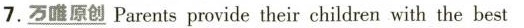
7. \underline{万唯原创} Parents provide their children with the best